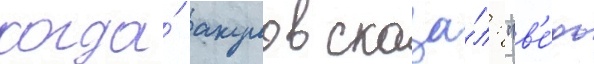
когда́ акулов сказа́л: "в'е́дь